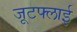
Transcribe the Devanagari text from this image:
जूटफ्लाई